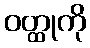
ဝတ္ထုကို